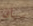
سيان